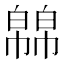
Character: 𭘸